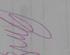
Signature authenticity: genuine